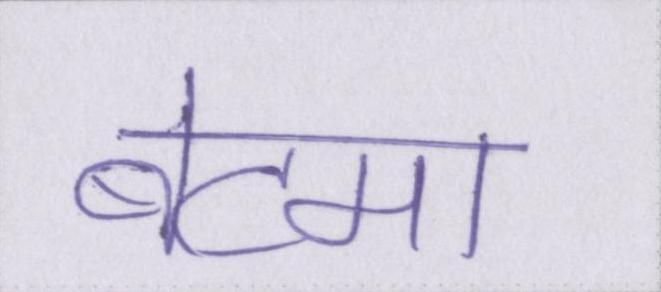
बेटमा